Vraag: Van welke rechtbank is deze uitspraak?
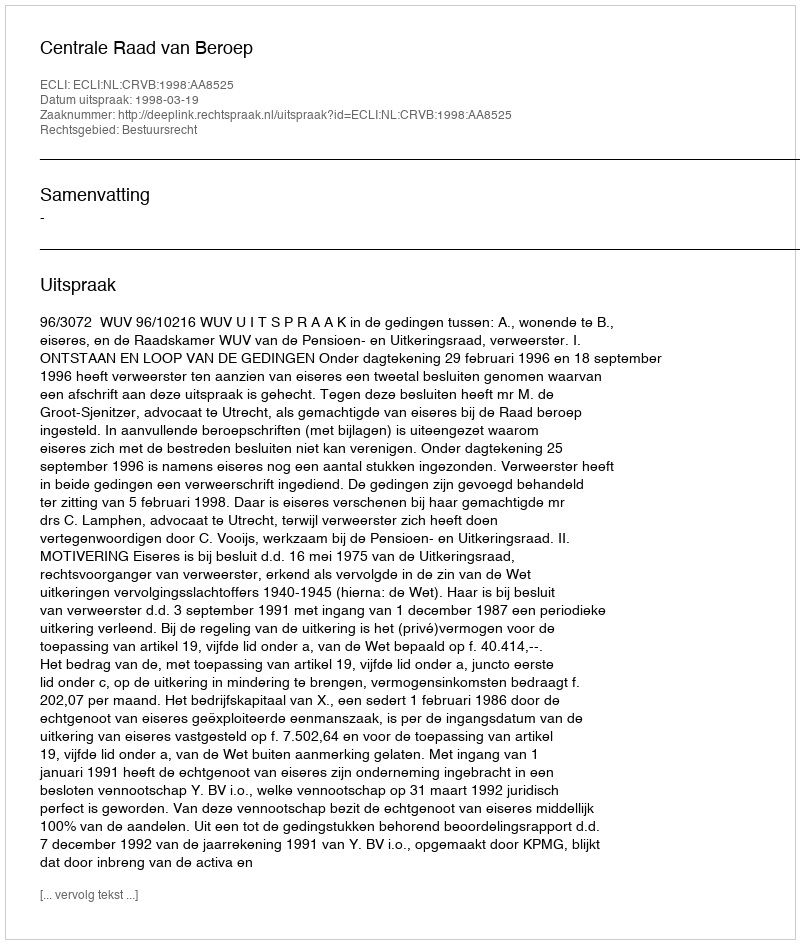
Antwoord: Centrale Raad van Beroep